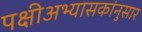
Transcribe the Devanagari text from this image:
पक्षीअभ्यासकांनुसार